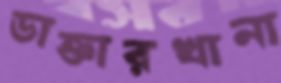
ডাক্তারখানা